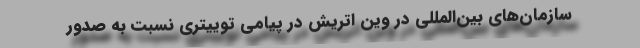
سازمان‌های بین‌المللی در وین اتریش در پیامی توییتری نسبت به صدور